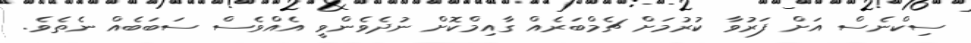
ސިކްނެސް އަށް ފަރުވާ ކުރުމަށް ޗެމްބަރެއް ގާއިމްކޮށް ނުދެވެންވީ އެއްވެސް ސަބަބެއް ނެތެވެ.